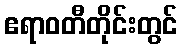
ဧရာဝတီတိုင်းတွင်